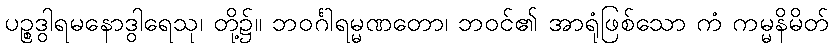
ပဉ္စဒွါရမနောဒွါရေသု၊ တို့၌။ ဘဝင်္ဂါရမ္မဏတော၊ ဘဝင်၏ အာရုံဖြစ်သော ကံ ကမ္မနိမိတ်